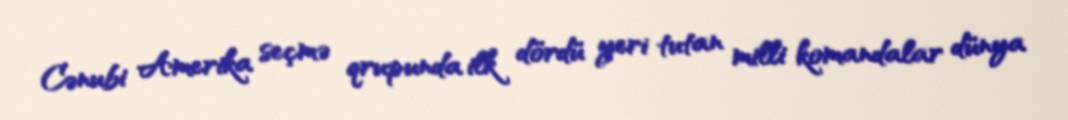
Cənubi Amerika seçmə qrupunda ilk dördü yeri tutan milli komandalar dünya